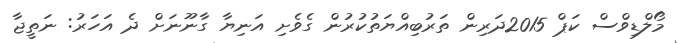
މޯލްޑިވްސް ކަޕް 2015ދަރިން ތަރުބިއްޔަތުކުރުން ގެވެށި އަނިޔާ ގާނޫނަށް ދެ އަހަރު: ނަތީޖާ